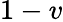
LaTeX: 1-v